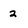
Character: 2